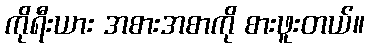
ကိုရီးယား အစားအစာကို စားဖူးတယ်။